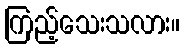
ကြည့်သေးသလား။